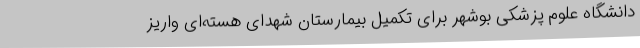
دانشگاه علوم پزشکی بوشهر برای تکمیل بیمارستان شهدای هسته‌ای واریز